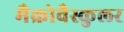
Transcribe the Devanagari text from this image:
मैक्रोवैस्कुलर